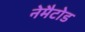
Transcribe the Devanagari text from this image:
नेमैटोड